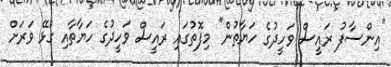
"އިންސާފު ރައީސް ވަހީދުގެ ހަޔާތުން" މިފޮތުގައި ރައީސް ވަހީދުގެ ހަޔާތާއި ގުޅޭ ވަރަށް